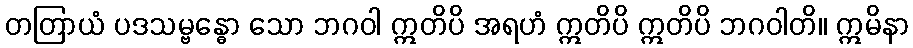
တတြာယံ ပဒသမ္ဗန္ဓော သော ဘဂဝါ ဣတိပိ အရဟံ ဣတိပိ ဣတိပိ ဘဂဝါတိ။ ဣမိနာ